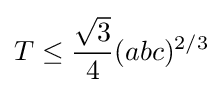
T\leq {\frac {\sqrt {3}}{4}}(abc)^{2/3}